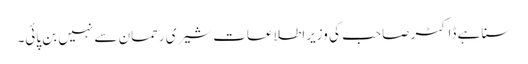
سنا ہے ڈاکٹر صاحب کی وزیراطلاعات شیری رحمان سے نہیں بن پائی۔